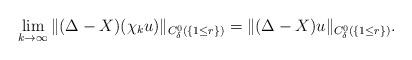
LaTeX: \begin{align*}\lim_{k\to\infty}\|(\Delta-X)(\chi_ku)\|_{C^0_\delta(\{1\leq r\})}=\|(\Delta-X)u\|_{C^0_\delta(\{1\leq r\})}.\end{align*}